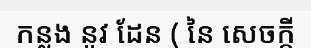
កន្លង នូវ ដែន ( នៃ សេចក្តី